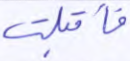
فأقبلت